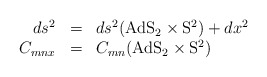
\begin{align*}\begin{array}{rcl}ds^2 & = & ds^2(\mathrm{AdS}_2\times\mathrm{S}^2) + dx^2 \\C_{mnx} & = & C_{mn}(\mathrm{AdS}_2\times\mathrm{S}^2)\end{array}\end{align*}